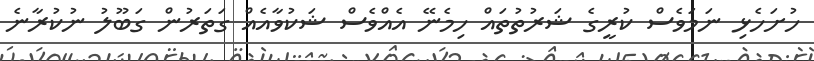
ހުށަހެޅި ނަމަވެސް ކުރީގެ ޝަރުތުތައް ހިމެނޭ އެއްވެސް ޝަކުވާއެއް ގަތަރުން ގަބޫލު ނުކުރާނެ